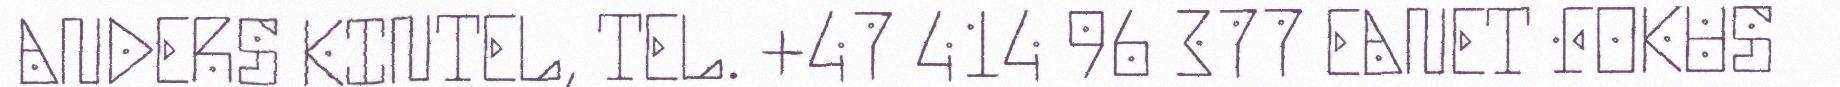
ANDERS KINTEL, TEL. +47 414 96 377 EANET FOKUS